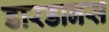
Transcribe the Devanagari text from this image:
डारडानस